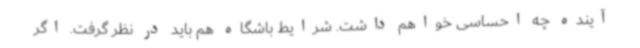
آینده چه احساسی خواهم داشت. شرایط باشگاه هم باید در نظر گرفت. اگر